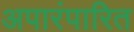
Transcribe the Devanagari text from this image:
अपारंपारित